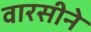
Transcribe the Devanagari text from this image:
वारसीने